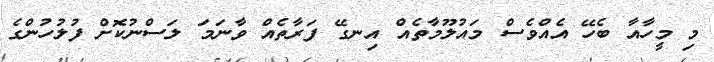
މި މީހާއާ ބެހޭ އެެއްވެސް މައުލޫމާތެއް އިނގޭ ފަރާތެއް ވާނަމަ ލަސްނުކޮށް ފުލުހުންގެ